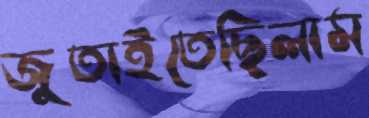
জুতাইতেছিলাম